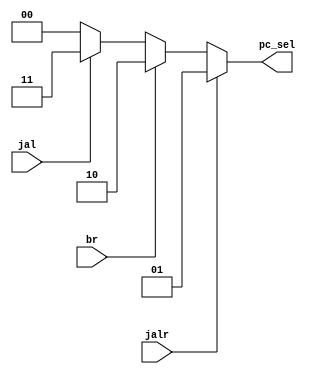
module Encoder (
    input jal,
    input jalr,
    input br,
    output reg [1:0] pc_sel
);
    initial pc_sel=0;
    always @(*) begin
        if(jalr)
            pc_sel=1;
        else if(br)
            pc_sel=2;
        else if(jal)
            pc_sel=3;
        else
            pc_sel=0;
    end
endmodule